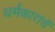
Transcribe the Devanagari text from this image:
धर्मकारांचें